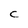
Character: C